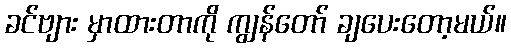
ခင်ဗျား မှာထားတာကို ကျွန်တော် ချပေးတော့မယ်။